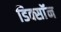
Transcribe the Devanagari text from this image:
डिक्साॅन